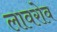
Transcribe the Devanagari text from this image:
लावरोव